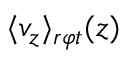
\langle v _ { z } \rangle _ { r \varphi t } ( z )